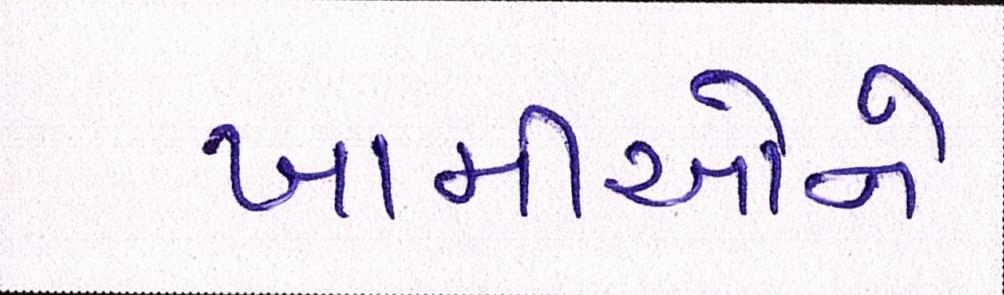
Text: ખામીઓને